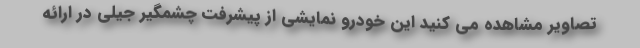
تصاویر مشاهده می کنید این خودرو نمایشی از پیشرفت چشمگیر جیلی در ارائه